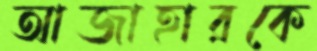
আজাহারকে